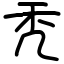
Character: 秃